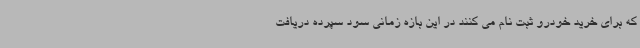
که برای خرید خودرو ثبت نام می کنند در این بازه زمانی سود سپرده دریافت